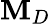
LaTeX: \mathbf{M}_{D}